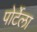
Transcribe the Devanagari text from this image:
पोर्टेला